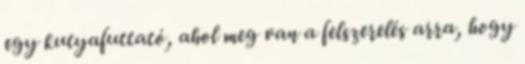
egy kutyafuttató, ahol meg van a felszerelés arra, hogy